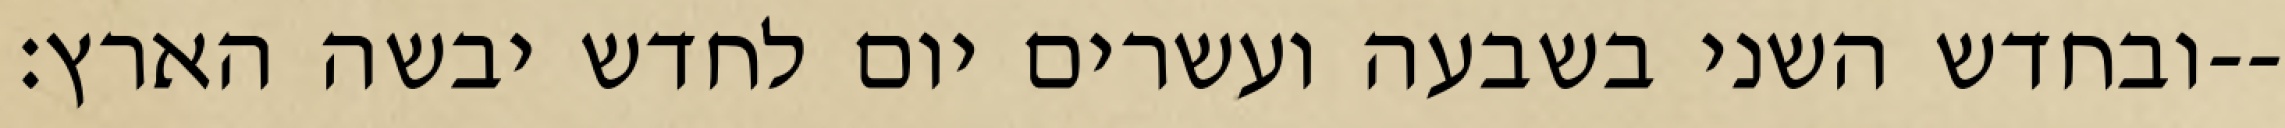
ובחדש השני בשבעה ועשרים יום לחדש יבשה הארץ׃--